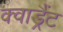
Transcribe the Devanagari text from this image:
क्वाड्रैंट